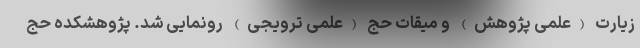
زیارت (علمی پژوهش) و میقات حج (علمی ترویجی) رونمایی شد. پژوهشکده حج